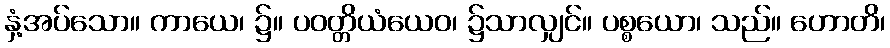
နှံ့အပ်သော။ ကာယေ၊ ၌။ ပဝတ္တိယံယေဝ၊ ၌သာလျှင်။ ပစ္စယော၊ သည်။ ဟောတိ၊